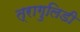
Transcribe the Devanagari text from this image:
त्रागुलिडी